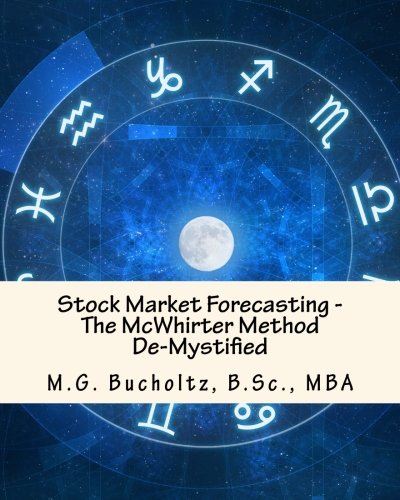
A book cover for Stock Market Forecasting: The McWhirter Method De-Mystified; M.G. Bucholtz; Business & Money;